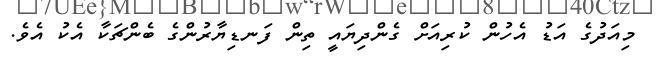
މިއަދުގެ އަޑު އެހުން ކުރިއަށް ގެންދިޔައީ ތިން ފަނޑިޔާރުންގެ ބެންޗަކާ އެކު އެވެ.